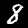
Label: 8